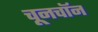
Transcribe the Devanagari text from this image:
चूनचॉन